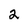
Character: 2